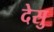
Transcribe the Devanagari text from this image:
देसु